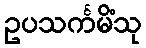
ဥပသင်္ကမိံသု